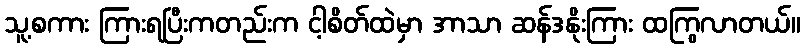
သူ့စကား ကြားရပြီးကတည်းက ငါ့စိတ်ထဲမှာ အာသာ ဆန်ဒနိုးကြား ထကြွလာတယ်။